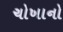
ચોખાનો